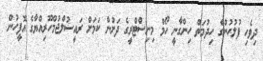
ދިވެހި ފުލުހުންގެ ހިދުމަތް ހިންގާނީ ހޯމް މިނިސްޓްރީގެ ދަށުން ކަމަށް ރައީސުލްޖުމްހޫރިއްޔާގެ އޮފީހުން